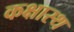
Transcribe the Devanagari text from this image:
कक्षास्थ